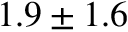
1 . 9 \pm 1 . 6